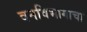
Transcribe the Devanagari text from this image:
वनविभागाचा